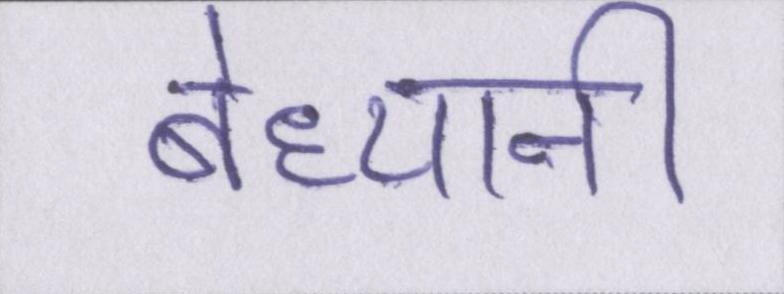
बेध्यानी